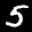
Label: 5